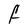
Character: F